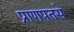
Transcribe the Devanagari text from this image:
प्राणपतसे